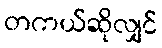
တကယ်ဆိုလျှင်